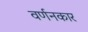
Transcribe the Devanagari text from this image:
वर्णनकार